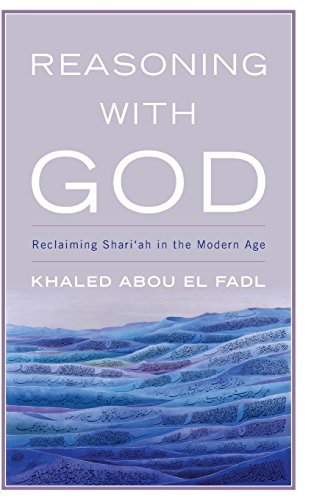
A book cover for Reasoning with God: Reclaiming Shari'ah in the Modern Age; Khaled Abou El Fadl; Law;